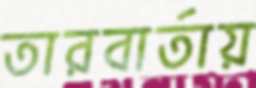
তারবার্তায়